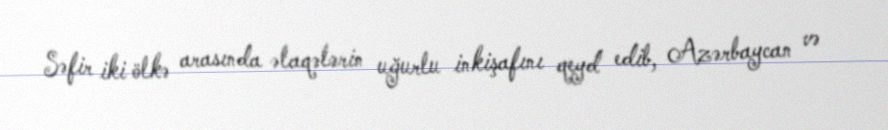
Səfir iki ölkə arasında əlaqələrin uğurlu inkişafını qeyd edib, Azərbaycan və